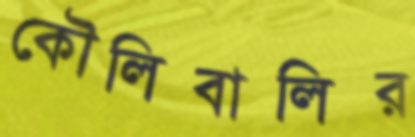
কৌলিবালির